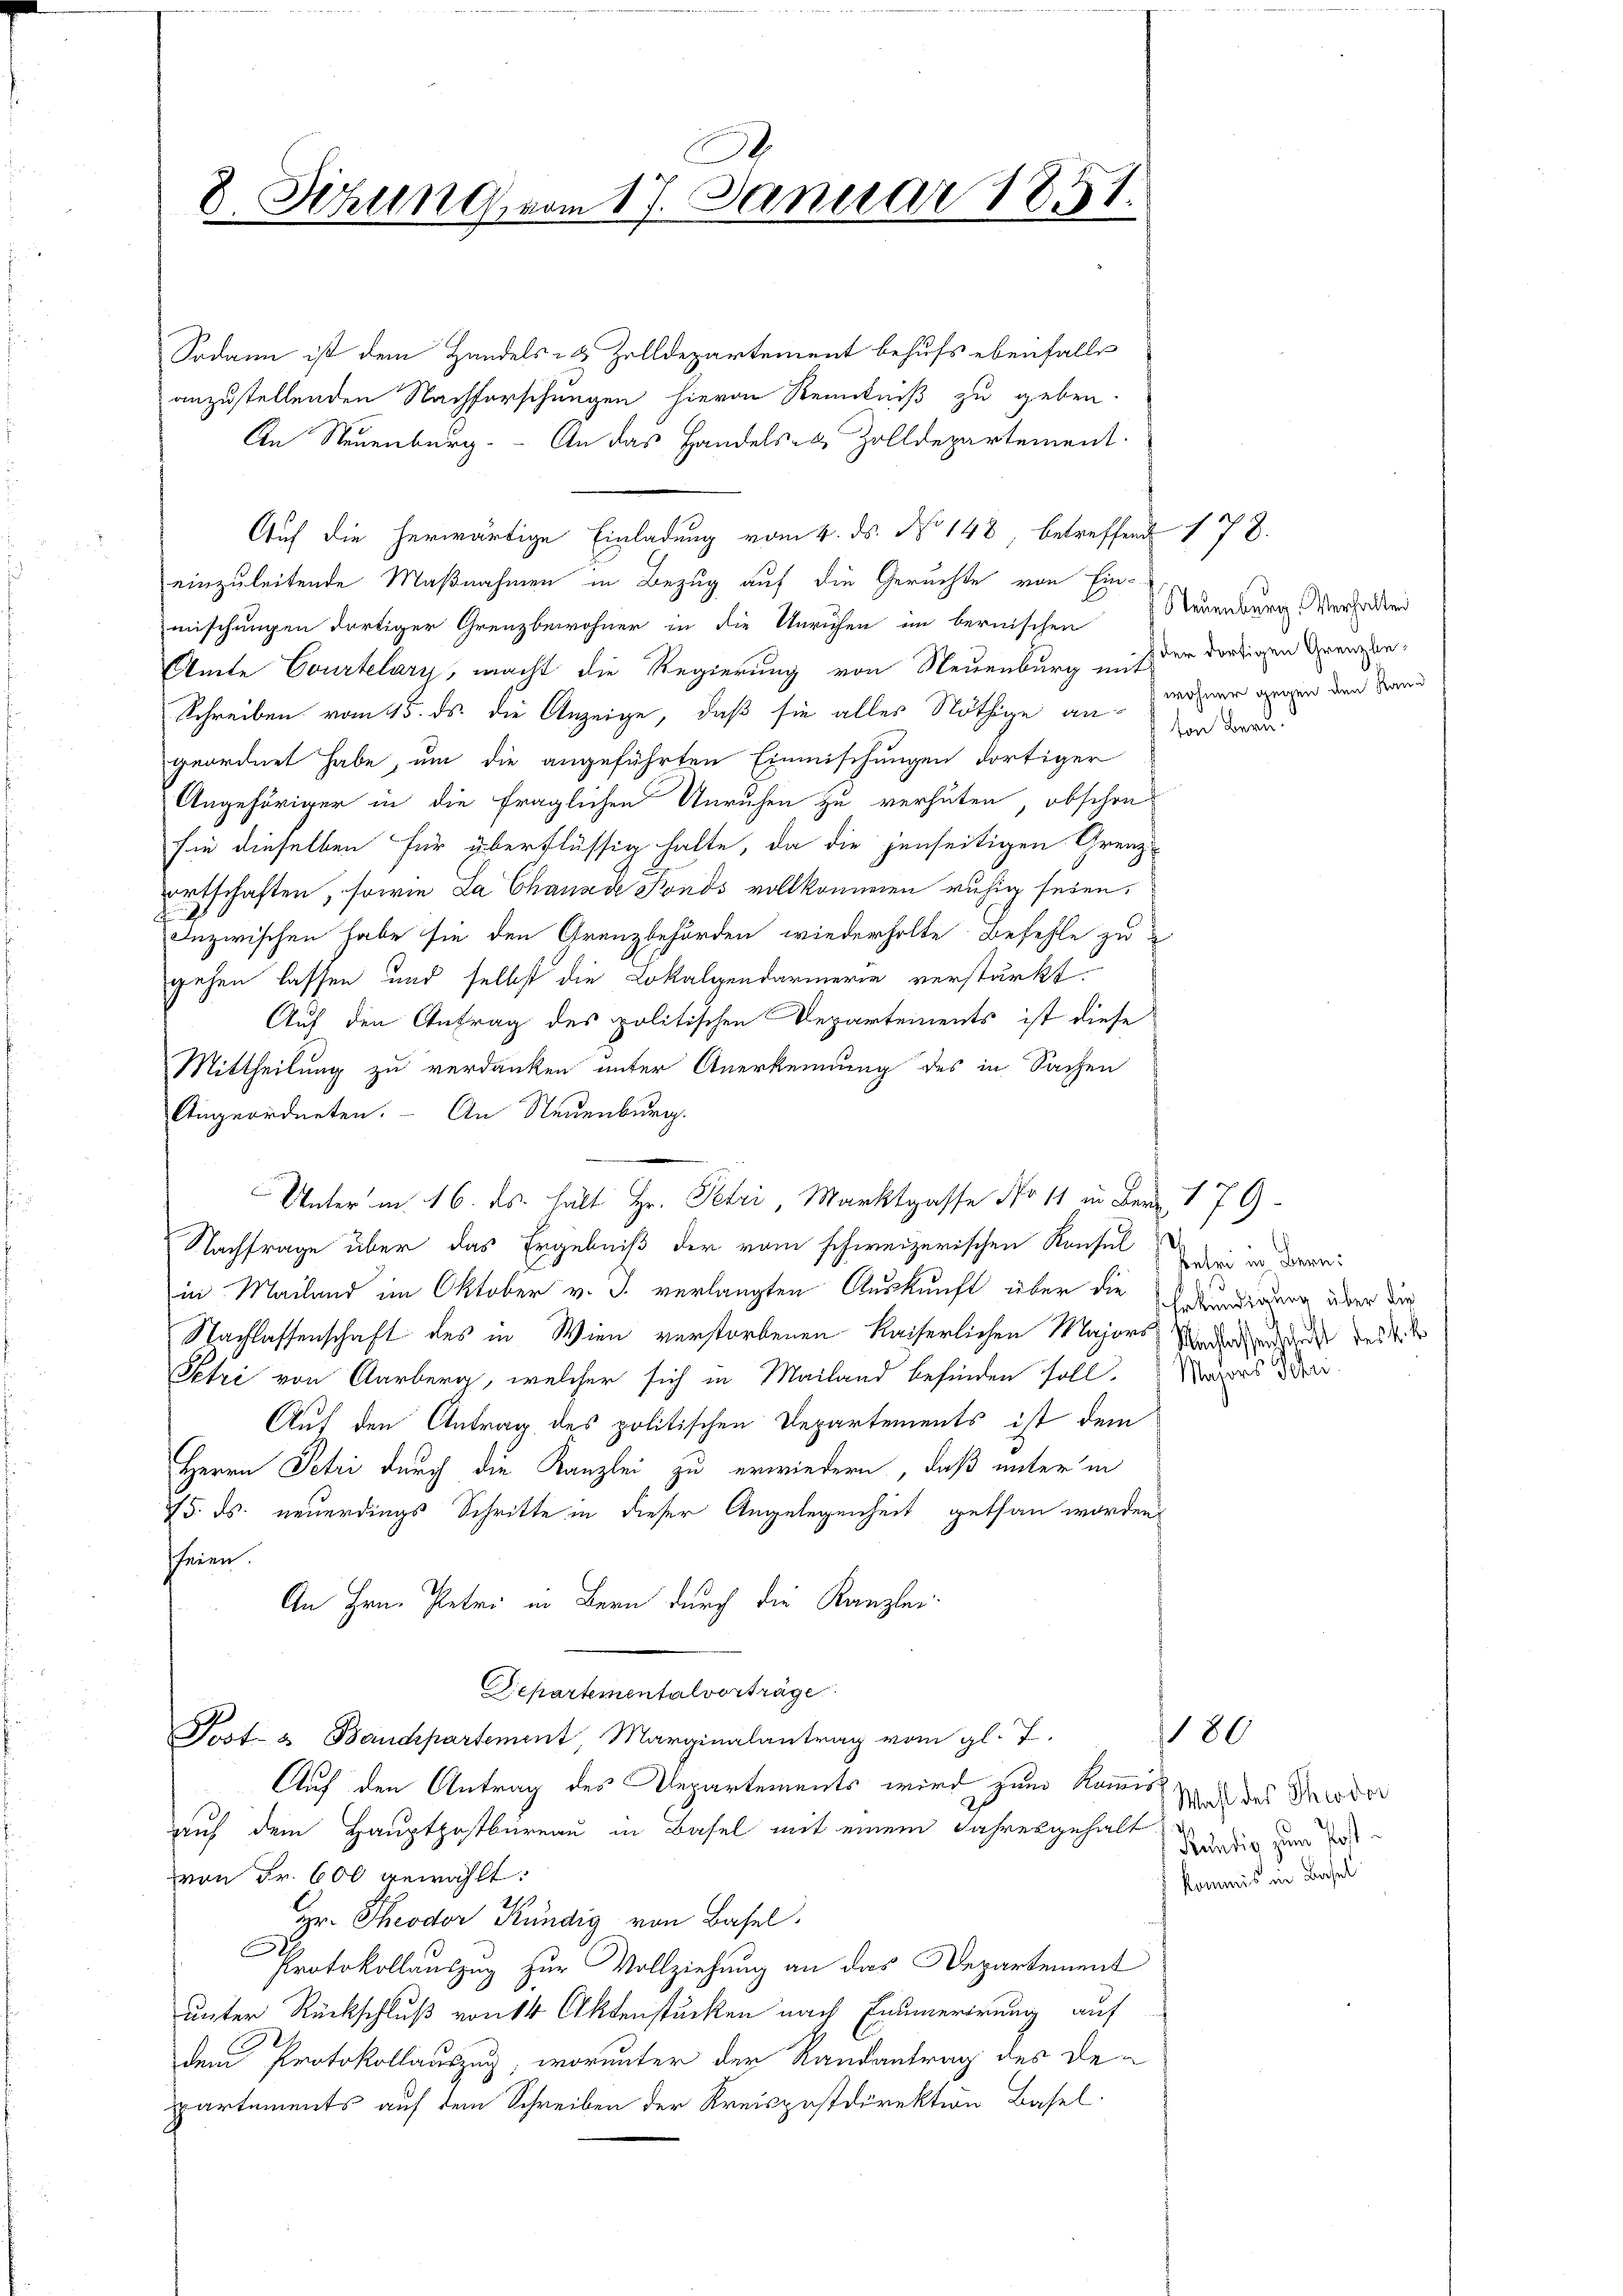
8. Sitzung vom 17. Januar 1851.

Sodann ist dem Handels- & Zolldepartement behufs ebenfalls
anzustellenden Nachforschungen hievon Kenntniß zu geben.
An Neuenburg. An das Handels- & Zolldepartement.
Auf die herwärtige Einladung vom 4. ds. N. 148 betreffend 178.
einzuleitende Maßnahmen in Bezug auf die Geruchte von Einmischungen dortiger Grenzbewohner in die Unruhen im bernischen steuenburg. Verhalten
Amte Courtelary, macht die Regierung von Neuenburg mit der dortigen Grenzen¬
Schreiben vom 15. ds. die Anzeige, daß sie alles Nöthige anwohner gegen den Sand
geordnet habe, um die angeführten Einmischungen dortiger
Angehöriger in die fraglichen Unruhen zu verhüten, obschon
sie dieselben für überflüssig hatte, da die jenseitigen Grenz-
ortschaften, sowie La Chanade Fonds vollkommen ruhig seien.
i
Inzwischen habe sie den Grenzbehörden wiederholte Befehle zu
gehen lassen und selbst die Lokalgendarmerie verstärkt.
Auf den Antrag des politischen Departements ist diese
Mittheilung zu verdanken unter Anerkennung des in Sachen
Angeordneten. - An Neuenburg.
Nachfrage über das Ergebniß der vom schweizerischen Konsul wegen darei
in Mailand im Oktober v. J. verlangten Auskunft über die Mundigung über die
Nachlassenschaft des in Wien verstorbenen Kaiserlichen Majors Werden, da der 4. d
Petri von Aarberg, welcher sich in Mailand befinden soll. Wars di
Auf den Antrag des politischen Departements ist dem
Herrn Petri durch die Kanzlei zu erwiedern, daß unter in
15. ds. neuerdings Schritte in dieser Angelegenheit gethan worden
sfeien.
An Hrn. Petri in Bern durch die Kanzlei-
Departemental vorträge
Post- u Baudepartement, Marginalantrag vom gl. T.
Auch den Antrag des Departements wird zum Kommis
auf dem Hauptpostbureau in Basel mit einem Jahresgehalt
von Fr. 600 gewählt:
2.
Hr. Theodor Kundig von Basel.
Protokollauszug zur Vollziehung an das Departement
unter Rückschluß von 14 Aktenstücken nach Enumerirung auf
dem Protokollauszug, worunter der Randantrag des De-
partements auf dem Schreiben der Kreispostdirektion Basel.

Unterm 16. ds. hält Hr. Petri, Marktgasse No 11 in Bern 179

ton Bern.

180

Wahl des Theodor
Kündig zum Post-
kommis in Basel